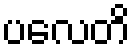
ပလေတိ